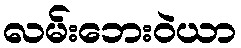
လမ်းဘေးဝဲယာ